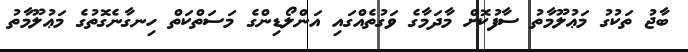
ބާޖު ތަކުގު މަޢުލޫމާތު ސާފުކޮށް މާދަމާގެ ވަގުތެއްގައި އަންލޯޑިންގެ މަސަތްކަތް ހިނގާނެގޮތުގެ މަޢުލޫމާތު